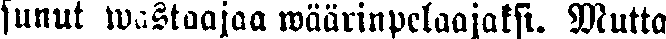
sunut wastaajaa wäärinpelaajaksi. Mutta